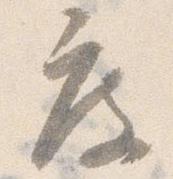
度